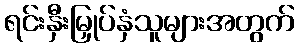
ရင်းနှီးမြှုပ်နှံသူများအတွက်